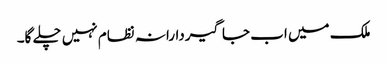
ملک میں اب جاگیردارانہ نظام نہیں چلے گا۔